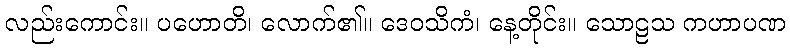
လည်းကောင်း။ ပဟောတိ၊ လောက်၏။ ဒေဝသိကံ၊ နေ့တိုင်း။ သောဠသ ကဟာပဏ